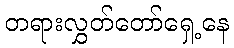
တရားလွှတ်တော်ရှေ့နေ